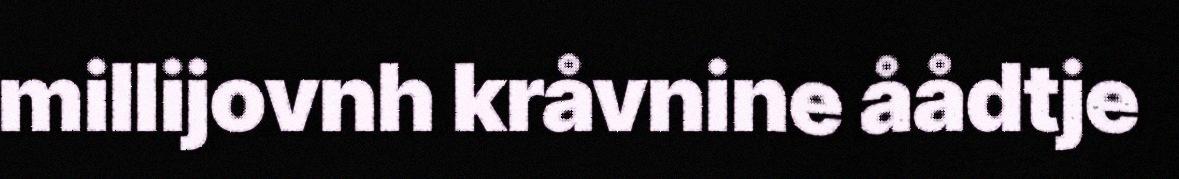
millijovnh kråvnine åådtje